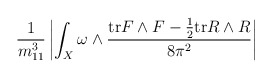
\begin{align*}\frac{1}{m_{11}^3}\left\vert\int_X\omega\wedge\frac{\mathrm{tr}F\wedge F - \frac{1}{2}\mathrm{tr}R\wedge R}{8\pi^2}\right\vert\end{align*}